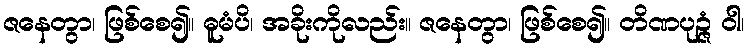
ဇနေတွာ၊ ဖြစ်စေ၍။ ဓူမံပိ၊ အခိုးကိုလည်း။ ဇနေတွာ၊ ဖြစ်စေ၍။ တိဏပုဉ္ဇံ ဝါ၊